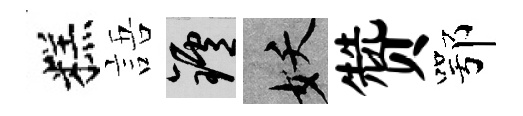
糕語爐妖赞鄂